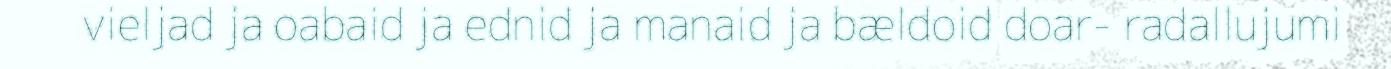
vieljad ja oabaid ja ednid ja manaid ja bældoid doar- radallujumi